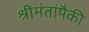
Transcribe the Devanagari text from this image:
श्रीमंतांपैकी